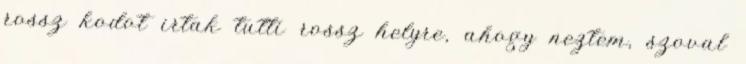
rossz kodot irtak tutti rossz helyre, ahogy neztem, szoval